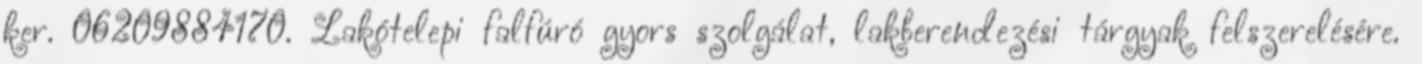
ker. 06209884170. Lakótelepi falfúró gyors szolgálat, lakberendezési tárgyak felszerelésére.